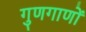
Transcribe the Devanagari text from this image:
गुणगाणों